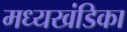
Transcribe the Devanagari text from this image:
मध्यखंडिका